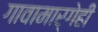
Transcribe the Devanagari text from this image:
गावामार्गेही